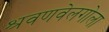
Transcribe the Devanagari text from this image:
श्रवणवेलगोला